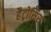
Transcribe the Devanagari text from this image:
हैट्रोसिस